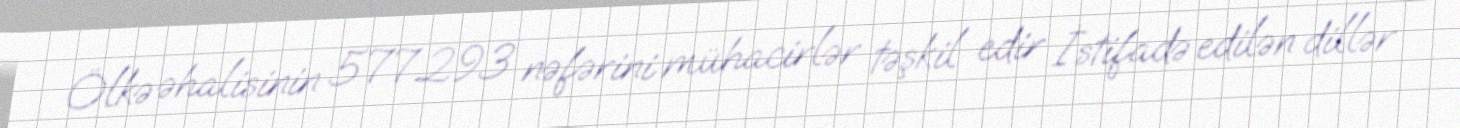
Ölkə əhalisinin 577.293 nəfərini mühacirlər təşkil edir İstifadə edilən dillər